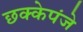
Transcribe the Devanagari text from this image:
छक्केपंजे